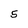
Character: 5